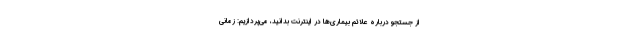
از جستجو درباره علائم بیماری‌ها در اینترنت بدانید، می‌پردازیم: زمانی